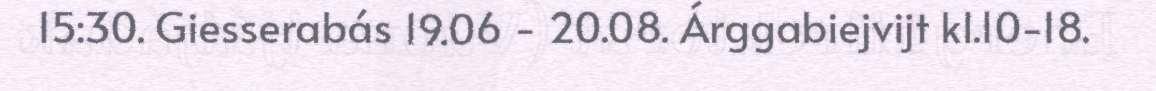
15:30. Giesserabás 19.06 - 20.08. Árggabiejvijt kl.10-18.